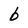
Character: b